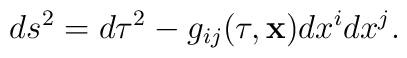
ds^2=d\tau^2-g_{ij}(\tau,{\bf x})dx^idx^j .